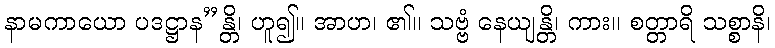
နာမကာယော ပဒဋ္ဌာန”န္တိ၊ ဟူ၍။ အာဟ၊ ၏။ သဗ္ဗံ နေယျန္တိ၊ ကား။ စတ္တာရိ သစ္စာနိ၊